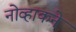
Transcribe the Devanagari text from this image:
नोव्हाकने